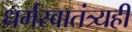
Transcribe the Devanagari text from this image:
धर्मस्वातंत्र्यही